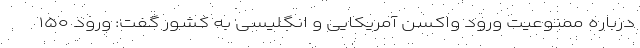
درباره ممنوعیت ورود واکسن آمریکایی و انگلیسی به کشور گفت: ورود ۱۵۰